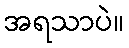
အရသာပဲ။